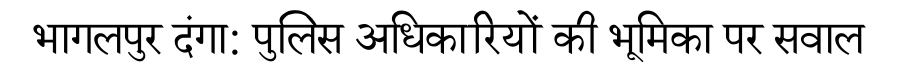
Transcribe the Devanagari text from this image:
भागलपुर दंगा: पुलिस अधिकारियों की भूमिका पर सवाल